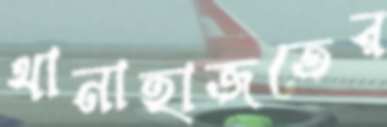
থানাহাজতের